Vaccination in Bombay 1874-1876 - 1874-1876
Year: 1874
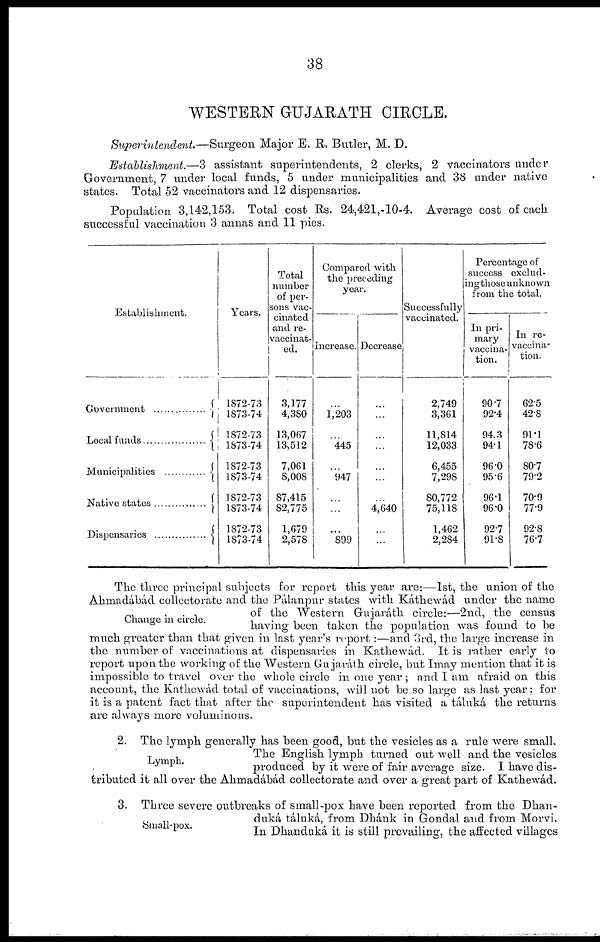
38
WESTERN GUJARATH CIRCLE.
Superintendent.—Surgeon
Major E. R. Butler, M. D.
"Establishment.—3 assistant superintendents, 2 clerks, 2 vaccinators under
Government, 7 under local funds, 5 under municipalities and 38 under native
states. Total 52 vaccinators and 12 dispensaries.
Population 3,142,153. Total cost Rs. 24,421,-10-4. Average cost of each
successful vaccination 3 annas and 11 pies.
Establishment.
Government
Local funds..................
Municipalities
Native states...............
Dispensaries...............
Years.
1872-73
1873-74
1872-73
1873-74
1872-73
1873-74
1872-73
1873-74
1872-73
1873-74
Total
number
of per-
sons vac-
cinated
and re-
vaccinat-
ed.
3,177
4,380
13,067
13,512
7,061
8,008
87,415
82,775
1,679
2,578
Compared with
the preceding
year.
Increase.
...
1,203
...
445
...
947
...
...
...
899
Decrease
...
...
...
...
...
...
...
4,640
...
...
Successfully
vaccinated.
2,749
3,361
11,814
12,033
6,455
7,298
80,772
75,118
1,462
2,284
Percentage of
success exclud-
ing those unknown
from the total.
In pri-
mary
vaccina-
tion.
90.7
92.4
94.3
94.1
96.0
95.6
96.1
96.0
92.7
91.8
In re-
vaccina-
tion.
62.5
42.8
91.1
78.6
80.7
79.2
70.9
77.9
92.8
76.7
Change in circle.
The three principal subjects for report this year are:—1st, the union of the
Ahmadabad collectorate and the Páalanpur states with Káthewád under the name
of the Western Gujaráth circle:—2nd, the census
having been taken the population was found to be
much greater than that given in last year's report :—and 3rd, the large increase in
the number of vaccinations at dispensaries in Kathewád. It is rather early to
report upon the working of the Western Gujaráth circle, but Imay mention that it is
impossible to travel over the whole circle in one year ; and I am afraid on this
account, the Kathewád total of vaccinations, will not be so large as last year; for
it is a patent fact that after the superintendent has visited a táluká the returns
are always more voluminous.
Lymph.
2. The lymph generally has been good, but the vesicles as a rule were small.
The English lymph turned out well and the vesicles
produced by it were of fair average size. I have dis-
tributed it all over the Ahmadábád collectorate and over a great part of Kathewad.
Small-pox.
3. Three severe outbreaks of small-pox have been reported from the Dhan-
duká táluká, from Dhánk in Gondal and from Morvi.
In Dhanduká it is still prevailing, the affected villages